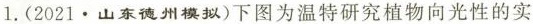
1.(2021.山东德州模拟)下图为温特研究植物向光性的实